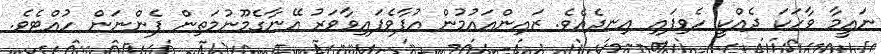
ނައީމާ ވާހަކަ ދެއްކީ ހެވިފައި އިނދެއެވެ. ޒައިންއައުމުން އުފާވެފައިވާވަރު އޭނާގެމޫނުމަތިން ފެންނަން ހުއްޓެވެ.